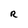
Character: R